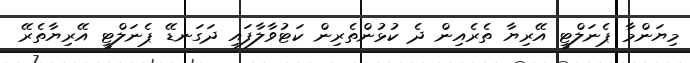
މިޔަންމާ ޕެނަލްޓީ އޭރިޔާ ތެރެއިން ދެ ކުޅުންތެރިން ކަޓުވާލާފައި ދަގަނޑޭ ޕެނަލްޓީ އޭރިޔާތެރޭ